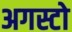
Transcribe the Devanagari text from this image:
अगस्टो